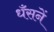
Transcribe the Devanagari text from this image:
धँसनें